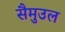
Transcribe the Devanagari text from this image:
सैमुउल